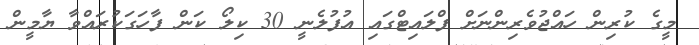
މީގެ ކުރިން ހައްޖުވެރިންނަށް ފްލައިޓްގައި އުފުލެނީ 30 ކިލޯ ކަން ފާހަގަކުރައްވާ ޔާމީން